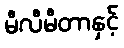
မီလီမီတာနှင့်